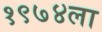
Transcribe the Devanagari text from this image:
१९७४ला